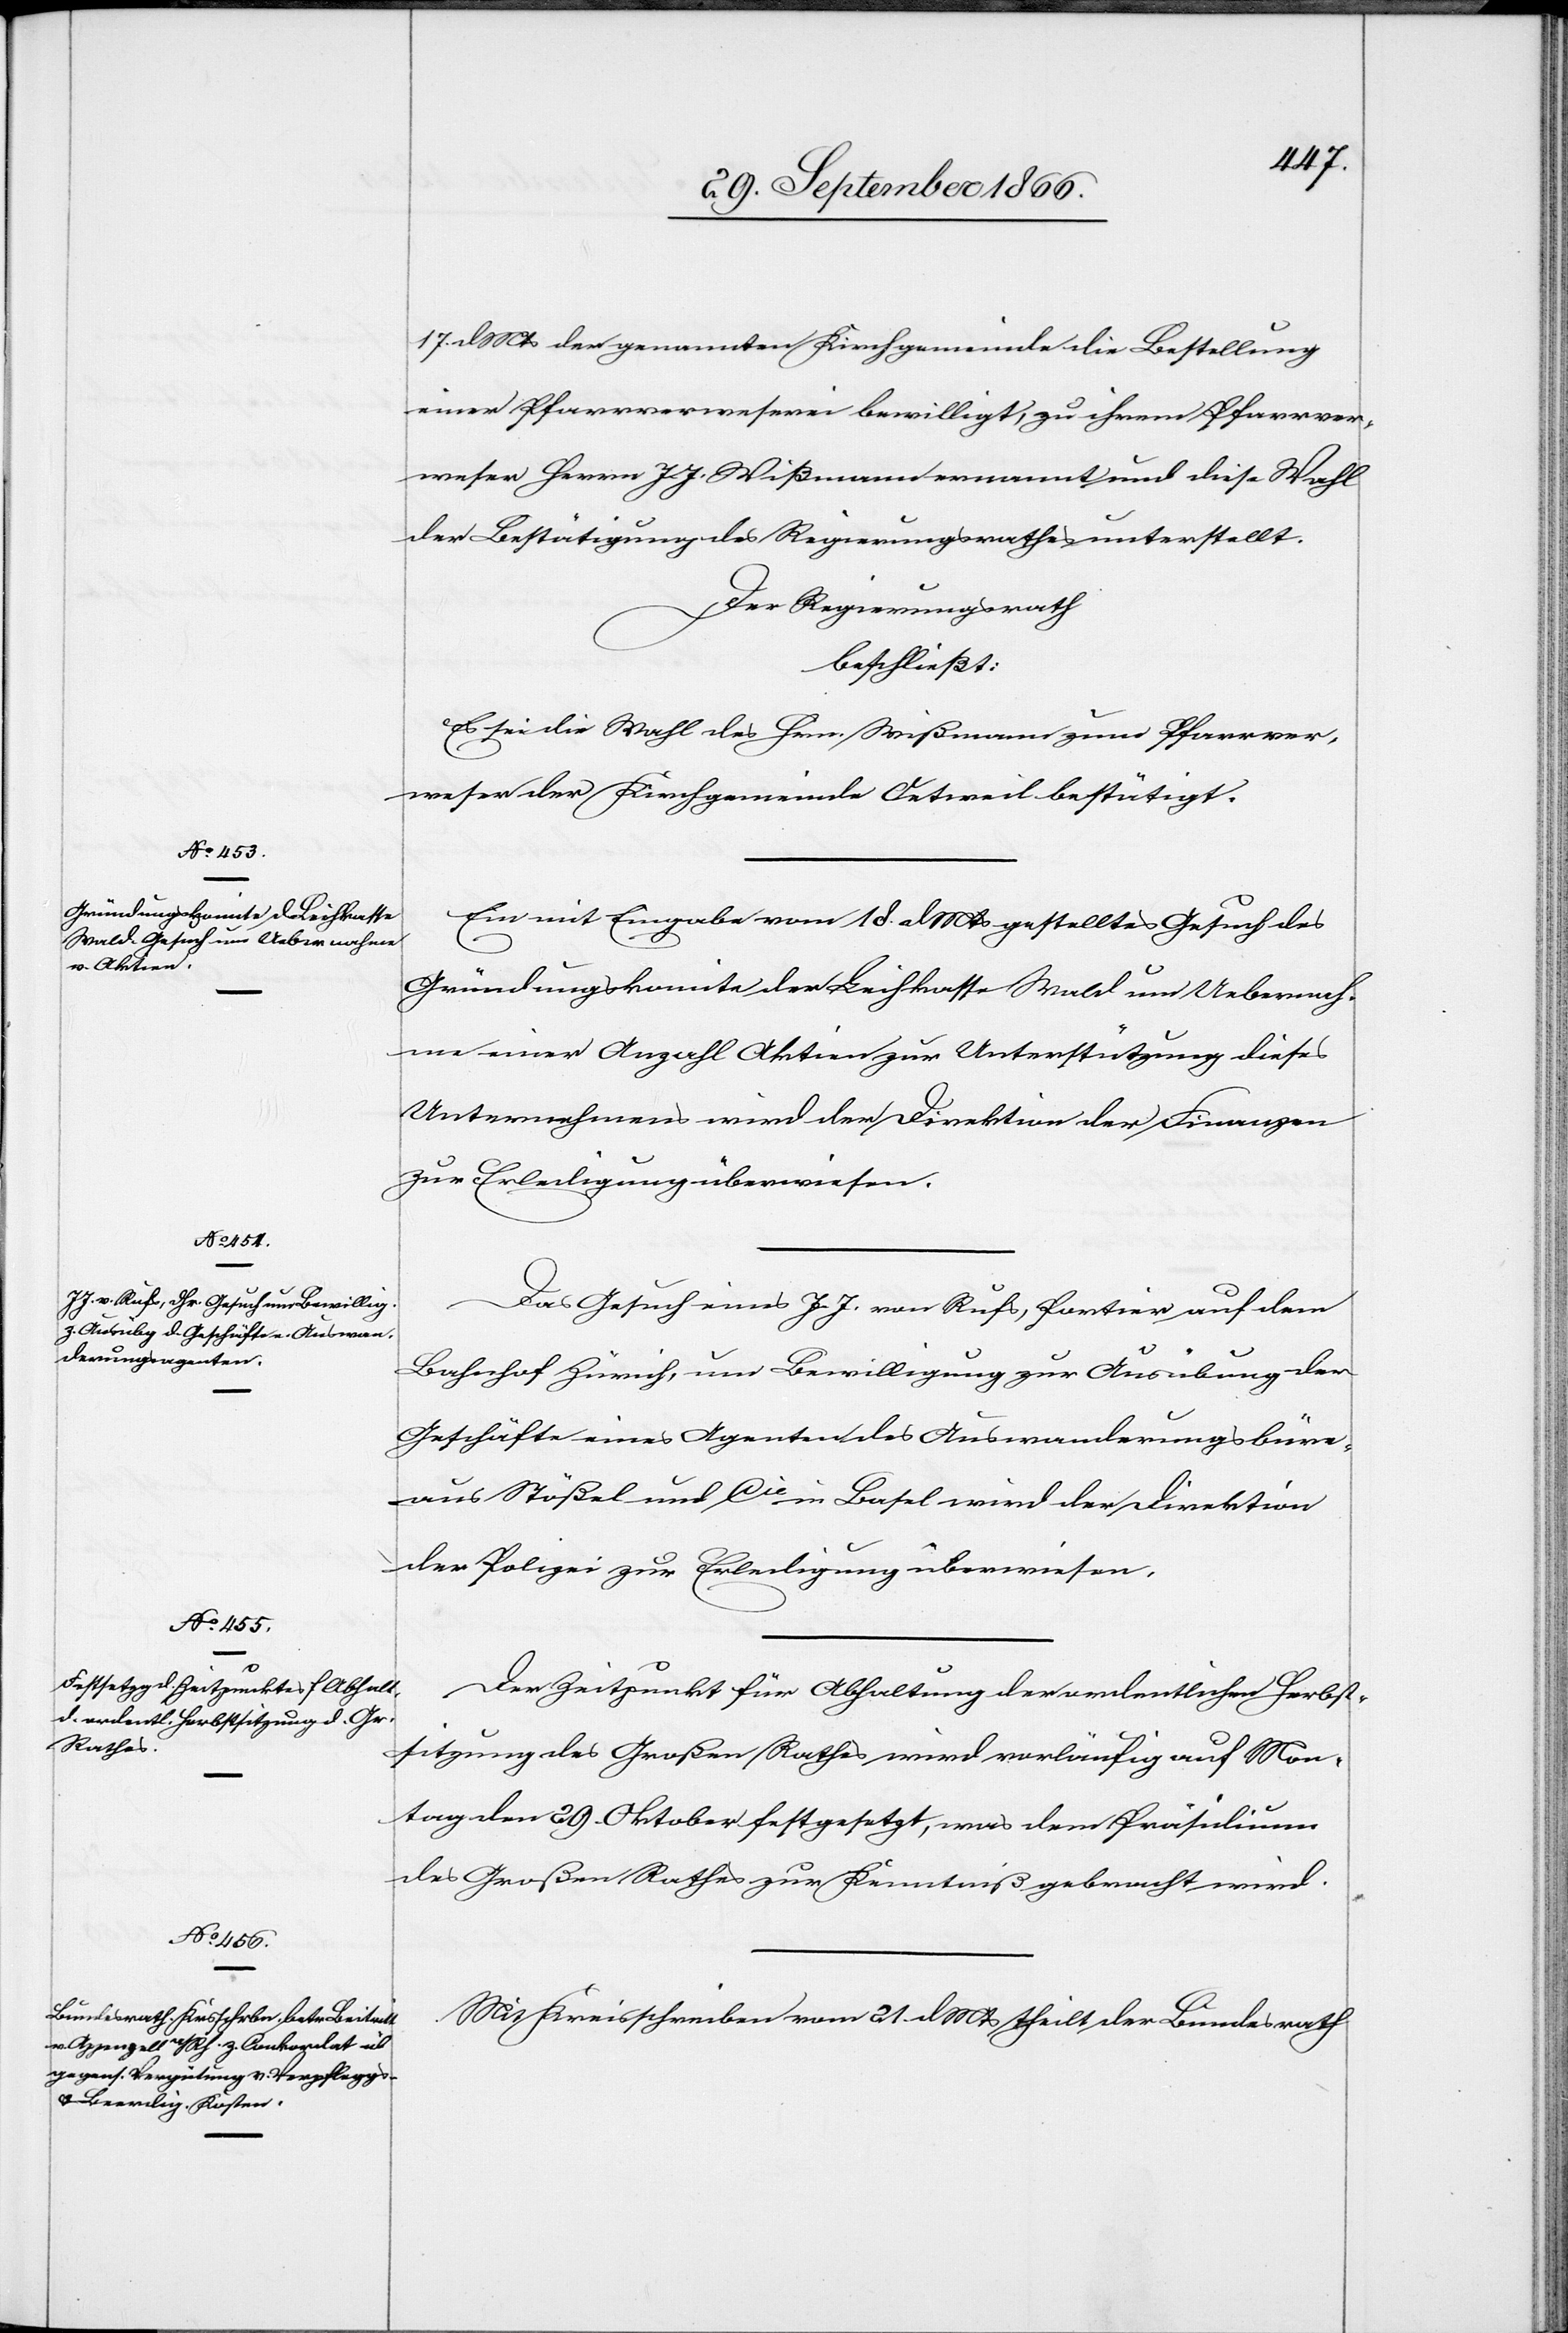
17. dMts der genannten Kirchgemeinde die Bestellung
einer Pfarrverweserei bewilligt, zu ihrem Pfarrver¬
weser Herrn. J. J. Wißmann ernannt und diese Wahl
der Bestätigung des Regierungsrathes unterstellt.
Der Regierungsrath,
beschließt:
Es sei die Wahl des Hrn. Wißmann zum Pfarrver¬
weser der Kirchgemeinde Oetweil bestätigt.
Ein mit Eingabe vom 18. dMts gestelltes Gesuch des
Gründungskomite der Leihkasse Wald um Uebernah¬
me einer Anzahl Aktien zur Unterstützung dieses
Unternehmens wird der Direktion der Finanzen
zur Erledigung überwiesen.
Das Gesuch eines J. J. von Rufs, Portier auf dem
Bahnhof Zürich, um Bewilligung zur Ausübung der
Geschäfte eines Agenten des Auswanderungsbüre¬
aus Stößel und Cie in Basel wird der Direktion
der Polizei zur Erledigung überwiesen.
Der Zeitpunkt für Abhaltung der ordentlichen Herbst¬
sitzung des Großen Rathes wird vorläufig auf Mon¬
tag den 29. Oktober festgesetzt, was dem Präsidium
des Großen Rathes zur Kenntniß gebracht wird.
Mit Kreisschreiben vom 21. dMts theilt der Bundesrath